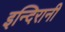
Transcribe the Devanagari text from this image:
इन्दिरानी